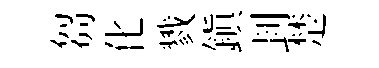
芻化戮鎮刲楚